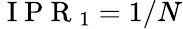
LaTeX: \mathrm{~I~P~R~}_{1}=1/N